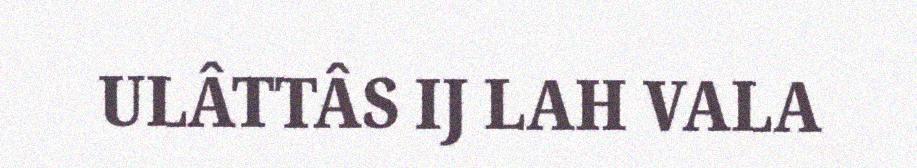
ULÂTTÂS IJ LAH VALA